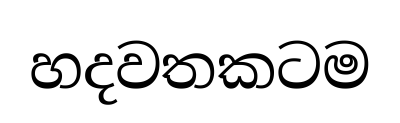
හදවතකටම